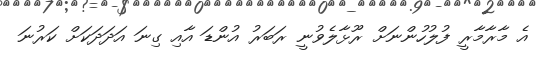
އެ މާރާމާރީ ފުލުހުންނަށް ރޫޅާލެވުނީ ރަބަރު އުންޑަ އާއި ގިނަ އަދަދަކަށް ކަރުނަ